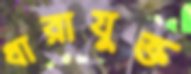
ধারাযুক্ত